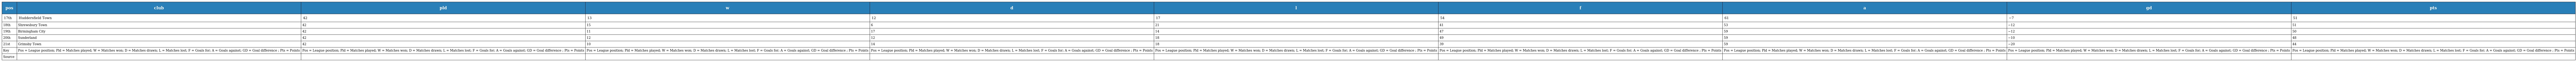
| pos | club | pld | w | d | l | f | a | gd | pts |
 | --- | --- | --- | --- | --- | --- | --- | --- | --- | --- |
 | 17th | Huddersfield Town | 42 | 13 | 12 | 17 | 54 | 61 | −7 | 51 |
 | 18th | Shrewsbury Town | 42 | 15 | 6 | 21 | 41 | 53 | −12 | 51 |
 | 19th | Birmingham City | 42 | 11 | 17 | 14 | 47 | 59 | −12 | 50 |
 | 20th | Sunderland | 42 | 12 | 12 | 18 | 49 | 59 | −10 | 48 |
 | 21st | Grimsby Town | 42 | 10 | 14 | 18 | 39 | 59 | −20 | 44 |
 | Key | Pos = League position; Pld = Matches played; W = Matches won; D = Matches drawn; L = Matches lost; F = Goals for; A = Goals against; GD = Goal difference ; Pts = Points | Pos = League position; Pld = Matches played; W = Matches won; D = Matches drawn; L = Matches lost; F = Goals for; A = Goals against; GD = Goal difference ; Pts = Points | Pos = League position; Pld = Matches played; W = Matches won; D = Matches drawn; L = Matches lost; F = Goals for; A = Goals against; GD = Goal difference ; Pts = Points | Pos = League position; Pld = Matches played; W = Matches won; D = Matches drawn; L = Matches lost; F = Goals for; A = Goals against; GD = Goal difference ; Pts = Points | Pos = League position; Pld = Matches played; W = Matches won; D = Matches drawn; L = Matches lost; F = Goals for; A = Goals against; GD = Goal difference ; Pts = Points | Pos = League position; Pld = Matches played; W = Matches won; D = Matches drawn; L = Matches lost; F = Goals for; A = Goals against; GD = Goal difference ; Pts = Points | Pos = League position; Pld = Matches played; W = Matches won; D = Matches drawn; L = Matches lost; F = Goals for; A = Goals against; GD = Goal difference ; Pts = Points | Pos = League position; Pld = Matches played; W = Matches won; D = Matches drawn; L = Matches lost; F = Goals for; A = Goals against; GD = Goal difference ; Pts = Points | Pos = League position; Pld = Matches played; W = Matches won; D = Matches drawn; L = Matches lost; F = Goals for; A = Goals against; GD = Goal difference ; Pts = Points |
 | Source |  |  |  |  |  |  |  |  |  |